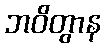
ဘဝိတွာန